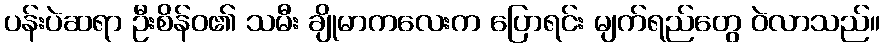
ပန်းပဲဆရာ ဦးစိန်ဝ၏ သမီး ချိုမာကလေးက ပြောရင်း မျက်ရည်တွေ ဝဲလာသည်။